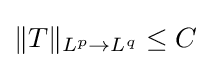
\Vert T\Vert _{L^{p}\to L^{q}}\leq C